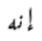
إنه